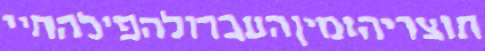
תוצריהזמיןהעברולהפילהחיי